Punjab Mental Hospital Lahore 1932-46 - 1932-1946
Year: 1932
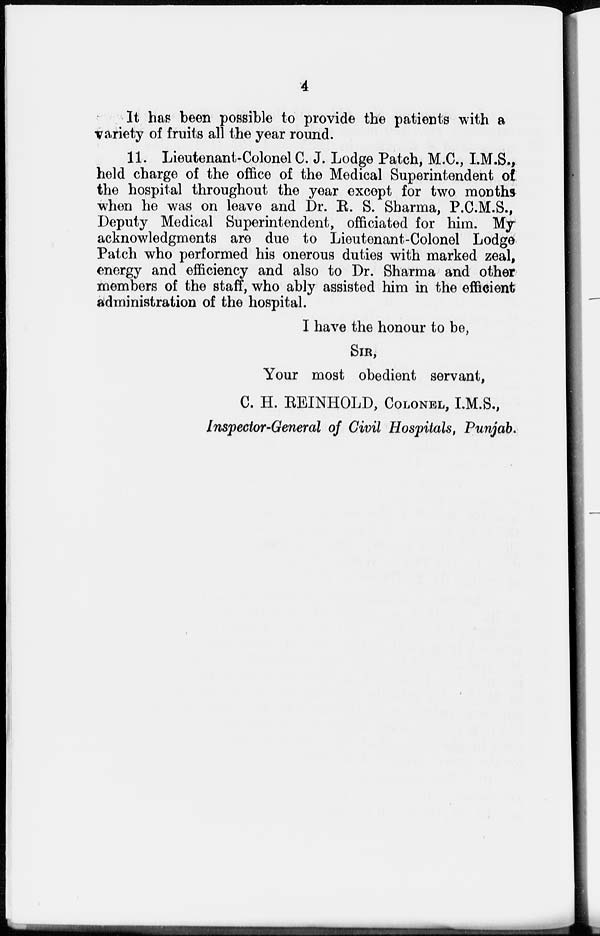
4
It has been possible to provide the patients with a
variety of fruits all the year round.
11. Lieutenant-Colonel C. J. Lodge Patch, M.C., I.M.S.,
held charge of the office of the Medical Superintendent of
the hospital throughout the year except for two months
when he was on leave and Dr. R. S. Sharma, P.C.M.S.,
Deputy Medical Superintendent, officiated for him. My
acknowledgments are due to Lieutenant-Colonel Lodge
Patch who performed his onerous duties with marked zeal,
energy and efficiency and also to Dr. Sharma and other
members of the staff, who ably assisted him in the efficient
administration of the hospital.
I have the honour to be,
SIR,
Your most obedient servant,
C. H. REINHOLD, COLONEL, I.M.S.,
Inspector-General of Civil Hospitals, Punjab.